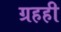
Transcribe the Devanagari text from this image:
ग्रहही